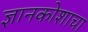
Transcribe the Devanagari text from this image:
ज्ञानकोशाचा